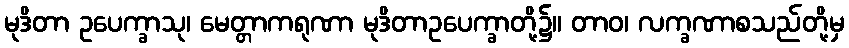
မုဒိတာ ဥပေက္ခာသု၊ မေတ္တာကရုဏာ မုဒိတာဥပေက္ခာတို့၌။ တာဝ၊ လက္ခဏာစသည်တို့မှ